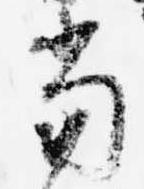
当